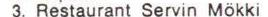
3. Restaurant Servin Mökki